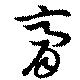
膏